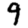
Digit: 9